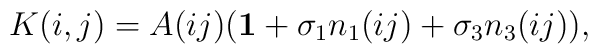
K(i,j)=A(ij)({\bf 1} + \sigma_1 n_1(ij) + \sigma_3 n_3(ij)),